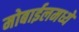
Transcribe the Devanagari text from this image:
मोबाईलमध्ये